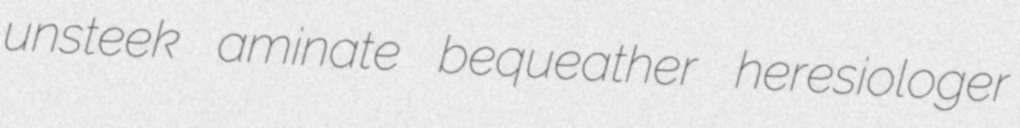
unsteek aminate bequeather heresiologer